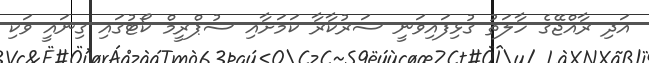
އަދި ރާއްޖޭގެ ހާލަތު ގުޅިފައިވަނީ ސަރުކާރާ ކަމަށާއި ސުޕްރީމް ކޯޓުގައި ގިނައީ ވަކި